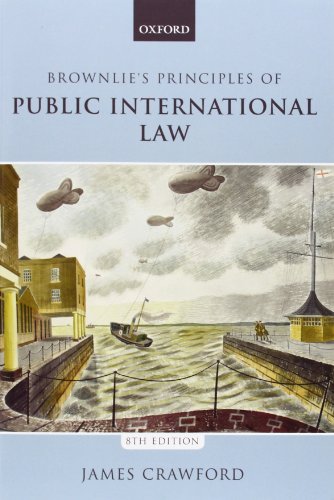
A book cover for Brownlie's Principles of Public International Law; James Crawford; Law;